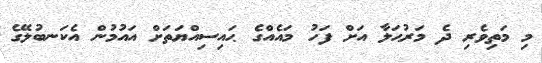
މި މަތިވެރި ދެ މަރުޙަލާ އަށް ފަހު މައެއްގެ ޙައިސިއްޔަތަށް އައުމުން އެކަނބުލޭގެ